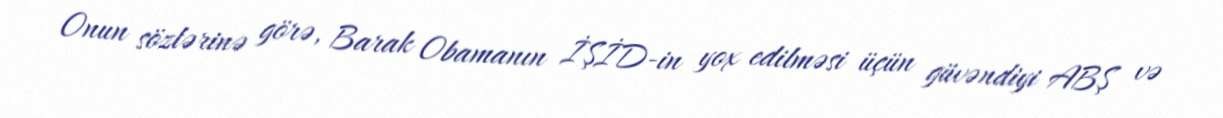
Onun sözlərinə görə, Barak Obamanın İŞİD-in yox edilməsi üçün güvəndiyi ABŞ və